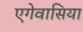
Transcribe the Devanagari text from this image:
एगेवासिया